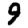
Digit: 9